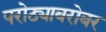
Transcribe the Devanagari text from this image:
परोठ्याबरोबर